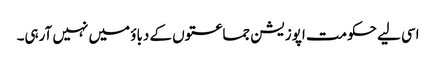
اسی لیے حکومت اپوزیشن جماعتوں کے دباؤ میں نہیں آرہی۔